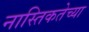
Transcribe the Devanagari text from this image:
नास्तिकतेच्या